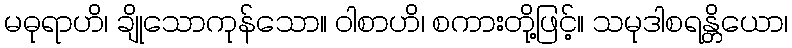
မဓုရာဟိ၊ ချိုသောကုန်သော။ ဝါစာဟိ၊ စကားတို့ဖြင့်။ သမုဒါစရန္တိယော၊